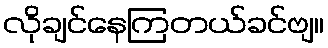
လိုချင်နေကြတယ်ခင်ဗျ။